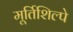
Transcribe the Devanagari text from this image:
मूर्तिशिल्पे